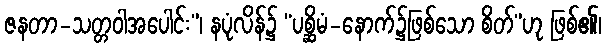
ဇနတာ-သတ္တဝါအပေါင်း”၊ နပုံလိန်၌ “ပစ္ဆိမံ-နောက်၌ဖြစ်သော စိတ်”ဟု ဖြစ်၏၊